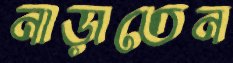
নাড়াতেন